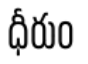
ధీరుం